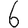
Digit: 6